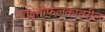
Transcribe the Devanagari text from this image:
माहितीफलकावरील